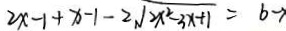
2 x - 1 + x - 1 - 2 \sqrt { 2 x ^ { 2 } - 3 x + 1 } = b \rightarrow